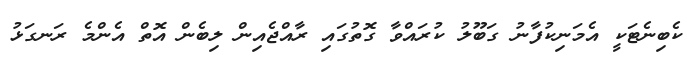
ކެބިނެޓަކީ އެމަނިކުފާނު ގަބޫލު ކުރައްވާ ގޮތުގައި ރާއްޖެއިން ލިބެން އޮތް އެންމެ ރަނގަޅު